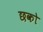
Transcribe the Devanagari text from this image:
छको